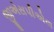
જીએસપીએલ